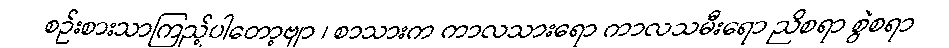
စဉ်းစားသာကြည့်ပါတော့ဗျာ ၊ စာသားက ကာလသားရော ကာလသမီးရော ညိစရာ စွဲစရာ